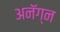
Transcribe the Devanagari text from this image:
अनॅग्न